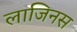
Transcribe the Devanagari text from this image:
लाजिनस